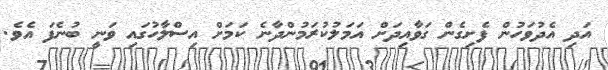
އަދި އެދުވަހުން ފެށިގެން ގަވާއިދަށް އަަމަލުކުރަމުންދާނެ ކަމަށް އިސްލާހުގައި ވަނީ ބުނެފަ އެވެ.